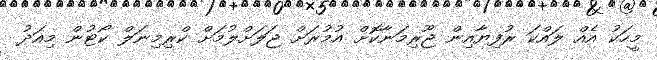
މީހަކު އެއް ލައްކަ ރުފިޔާއިން ޖޫރިމަނާކޮށް އުމުރަށް ޖަލަށްލުމަށް ކްރިމިނަލް ކޯޓުން މިއަދު